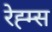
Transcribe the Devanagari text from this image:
रेह्म्स